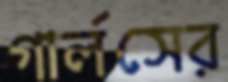
গার্লসের